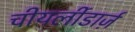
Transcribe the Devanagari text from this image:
चीयर्लीडार्ज़